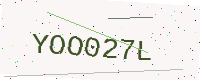
Text: YOO027L